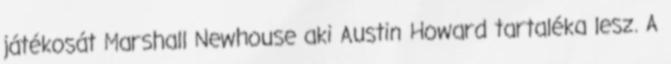
játékosát Marshall Newhouse aki Austin Howard tartaléka lesz. A